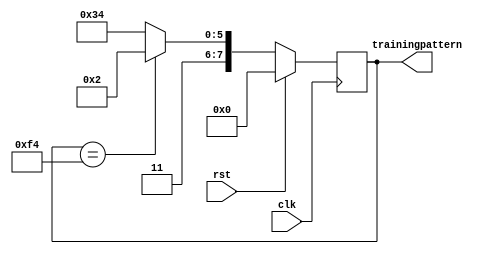
module RCB_FRL_TrainingPattern(
		input	clk,
		input	rst,
		output reg [7:0]	trainingpattern
	);
			
	always @ (posedge clk) begin
		if(rst) begin
			trainingpattern <= 8'h00;
		end else begin
			if(trainingpattern == 8'hf4)
				trainingpattern <= 8'hc2;
			else
				trainingpattern <= 8'hf4;
		end
	end
	
endmodule